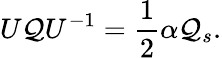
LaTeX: U{\cal Q}U^{-1}={\frac{1}{2}}\alpha{\cal Q}_{s}.